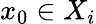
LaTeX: x_{0}\in X_{i}